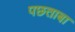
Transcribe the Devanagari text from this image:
पछताबा